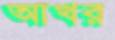
আখর